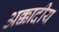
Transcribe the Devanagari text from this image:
अक्कादीय